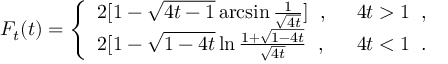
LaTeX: F _ { t } ( t ) = \left\{ \begin{array} { l l } { { 2 [ 1 - \sqrt { 4 t - 1 } \arcsin \frac { 1 } { \sqrt { 4 t } } ] \; \; , } } & { { \; \; 4 t > 1 \; \; , } } \\ { { 2 [ 1 - \sqrt { 1 - 4 t } \ln \frac { 1 + \sqrt { 1 - 4 t } } { \sqrt { 4 t } } \; \; , } } & { { \; \; 4 t < 1 \; \; . } } \end{array} \right.